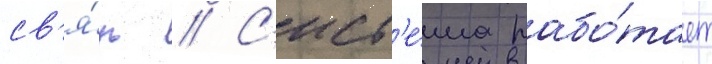
св'я́зь // С'ист'е́ма рабо́тает